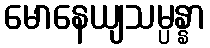
မောနေယျသမ္ပန္နာ